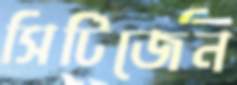
সিটিজেন